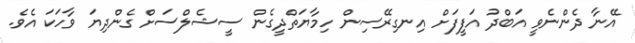
އޭނާ ދެންނެވީ އަބްދު އަފީފަށް އިނގިރޭސިން ހިމާޔަތްދީގެން ސީޝެލްސަށް ގެންދިޔަ ވާހަކަ އެވެ.